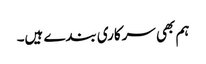
ہم بھی سرکاری بندے ہیں۔